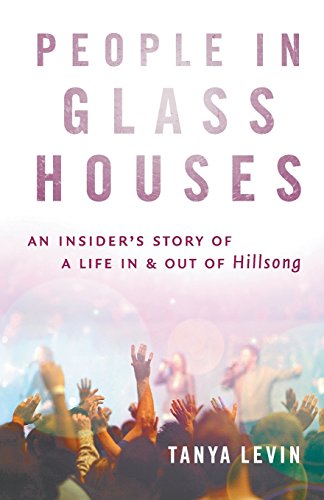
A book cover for People in Glass Houses; Tanya Levin; Biographies & Memoirs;